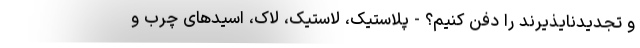
و تجدیدنایذیرند را دفن کنیم؟ - پلاستیک، لاستیک، لاک، اسیدهای چرب و